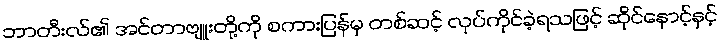
ဘာတီးလ်၏ အင်တာဗျူးတို့ကို စကားပြန်မှ တစ်ဆင့် လုပ်ကိုင်ခဲ့ရသဖြင့် ဆိုင်နောင့်နှင့်